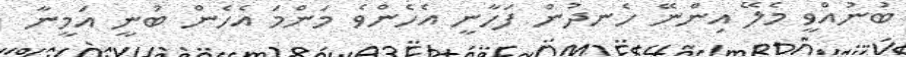
ބުނުއްވީ މެލޭ އިންނޭ ހެނދުން ފަހާނީ އެހެންވެ މަންމަ އެހެން ބުނީ އަމީނާ